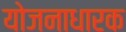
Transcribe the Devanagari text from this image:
योजनाधारक